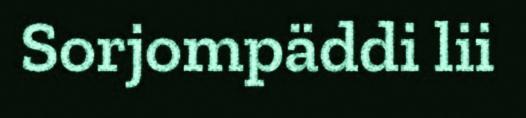
Sorjompäddi lii